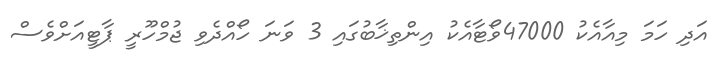
އަދި ހަމަ މިއާއެކު 47000ވޯޓާއެކު އިންތިޚާބުގައި 3 ވަނަ ހޯއްދެވި ޖުމްހޫރީ ޕާޓީއަށްވެސް